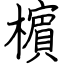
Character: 㯽